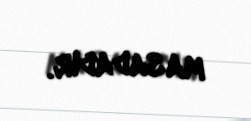
masadadır.